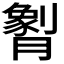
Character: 𬂖